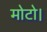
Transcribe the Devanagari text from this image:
मोटो।